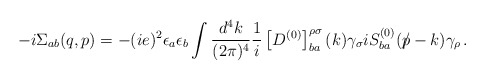
\begin{align*}- i \Sigma_{ab} (q,p) = - (i e)^2 \epsilon_a \epsilon_b \int {d^4 k \over (2 \pi)^4} {1 \over i} \left[D^{(0)}\right]^{\rho\sigma}_{ba}(k) \gamma_\sigma i S^{(0)}_{ba}( {p} {\mkern -9.0mu /} - k) \gamma_\rho \, .\end{align*}